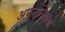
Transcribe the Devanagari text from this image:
अपनानेवालों